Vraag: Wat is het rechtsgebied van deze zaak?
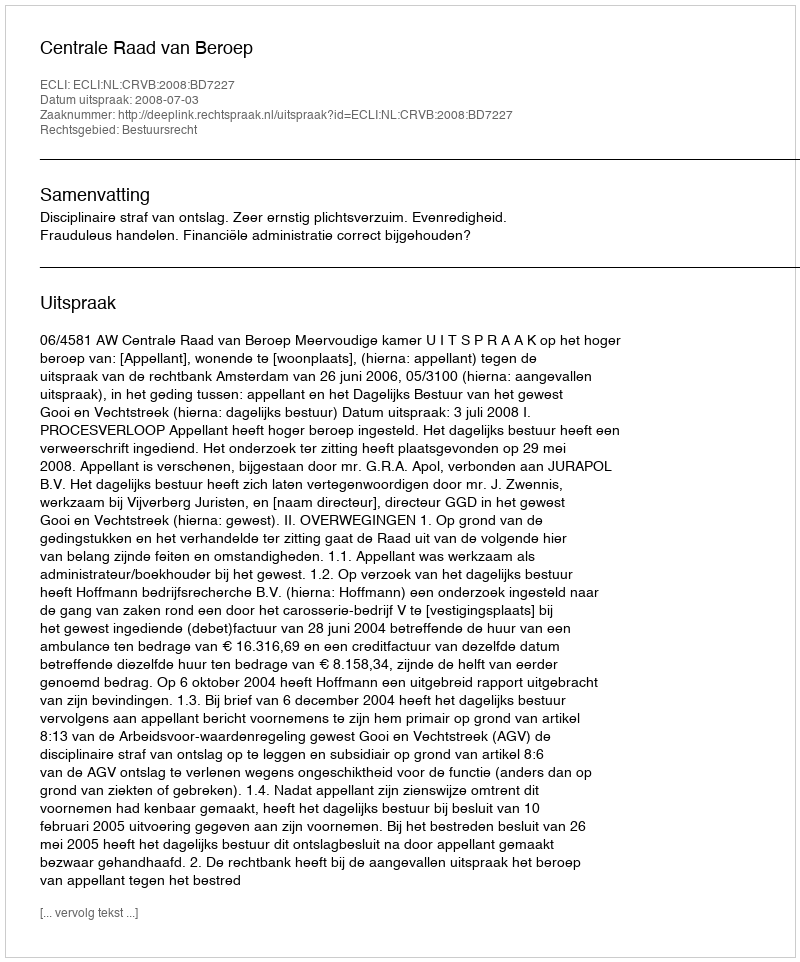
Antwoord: Bestuursrecht